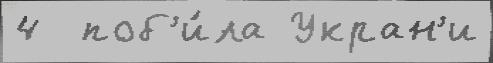
4  поб'и́ла Укран'и